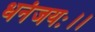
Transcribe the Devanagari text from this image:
धनंजयः।।